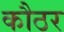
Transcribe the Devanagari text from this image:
कौठर